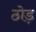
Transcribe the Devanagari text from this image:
ठोड़